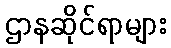
ဌာနဆိုင်ရာများ